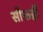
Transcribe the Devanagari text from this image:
सीफहीं